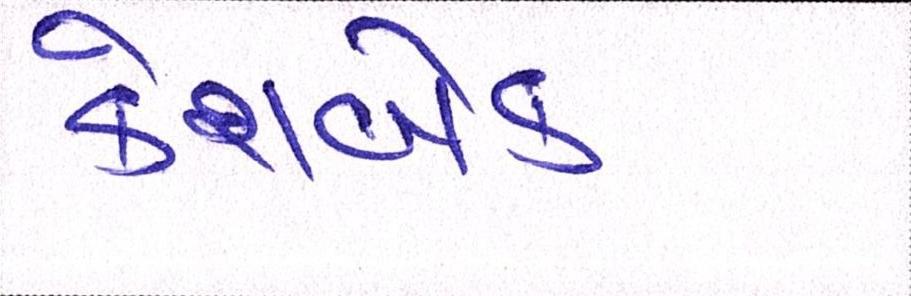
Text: કેશબેક